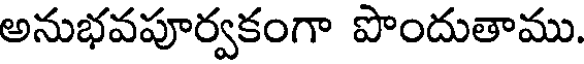
అనుభవపూర్వకంగా పొందుతాము.